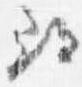
尋